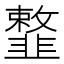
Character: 𩐎